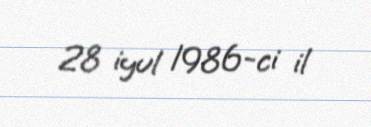
28 iyul 1986-ci il